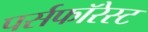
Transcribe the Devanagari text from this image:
पर्सफॉरेस्ट